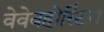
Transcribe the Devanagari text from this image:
वेवेबहोस्टिंग